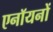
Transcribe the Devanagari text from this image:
एनॉयनों